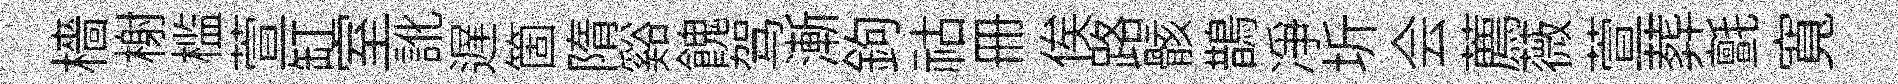
檣榭槛萱缸室訛遅箇隋谿餽驾漸鉤祜册俟路骸鵲净圻会薦薇萱葬氈寬